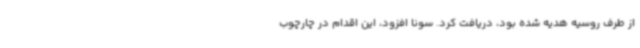
از طرف روسیه هدیه شده بود، دریافت کرد. سونا افزود، این اقدام در چارچوب